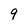
Character: 9